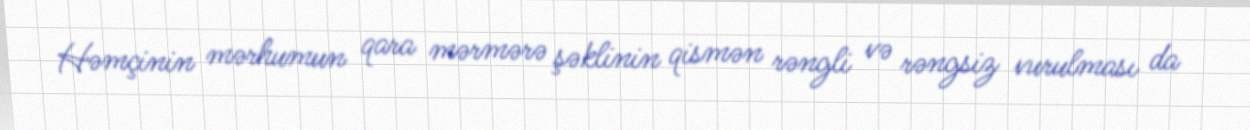
Həmçinin mərhumun qara mərmərə şəklinin qismən rəngli və rəngsiz vurulması da